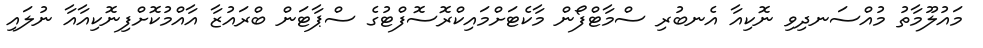
މައުލޫމާތު މުއްސަނދިވި ނޮކިއާ އެނބުރި ސްމާޓްފޯން މާކެޓަށްމައިކްރޮސޮފްޓުގެ ސްޕާޓަން ބްރައުޒާ އާއްމުކޮށްފިނޮކިއާއާ ނުލައި